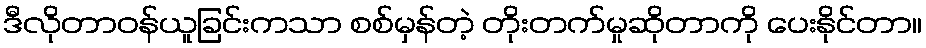
ဒီလိုတာဝန်ယူခြင်းကသာ စစ်မှန်တဲ့ တိုးတက်မှုဆိုတာကို ပေးနိုင်တာ။